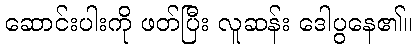
ဆောင်းပါးကို ဖတ်ပြီး လူဆန်း ဒေါပွနေ၏။